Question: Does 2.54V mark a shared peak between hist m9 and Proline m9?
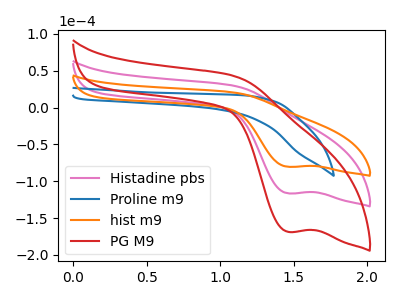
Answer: <think>The pink curve "Histadine pbs" has a cathodic peak at: (1.45V, -116.55uA). The blue curve "Proline m9" has no peaks. The orange curve "hist m9" has a cathodic peak at: (1.45V, -80.45uA). The red curve "PG M9" has a cathodic peak at: (1.45V, -233.10uA).</think>
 <answer>No, "hist m9" and "Proline m9" dont share a peak at 2.54V.</answer>
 <eval>mismatch</eval>